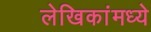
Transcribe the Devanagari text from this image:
लेखिकांमध्ये